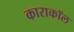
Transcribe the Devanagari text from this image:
काराकॉल